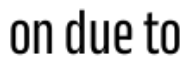
on due to